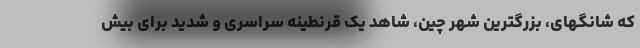
که شانگهای، بزرگترین شهر چین، شاهد یک قرنطینه سراسری و شدید برای بیش